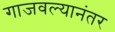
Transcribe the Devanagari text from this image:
गाजवल्यानंतर